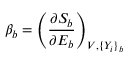
\beta _ { b } = \left( \frac { \partial S _ { b } } { \partial E _ { b } } \right) _ { V , \{ Y _ { i } \} _ { b } }